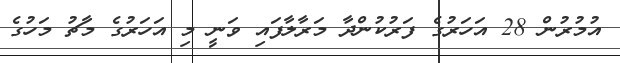
އުމުރުން 28 އަހަރުގެ ފަރުކުންދާ މަރާލާފައި ވަނީ މި އަހަރުގެ މާޗު މަހުގެ